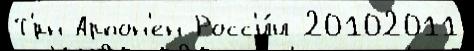
Т'́рн Арпон'ен Росс'и́и 20102011